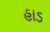
હાડ